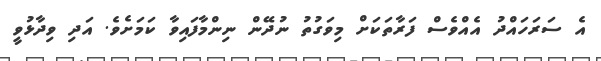
އެ ސަރަހައްދު އެއްވެސް ފަރާތަކަށް މިވަގުތު ނުދޭން ނިންމާފައިވާ ކަމަށެވެ. އަދި ވިދާޅުވީ